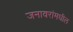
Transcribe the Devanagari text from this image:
जनावरांमधील